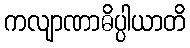
ကလျာဏာဓိပ္ပါယာတိ